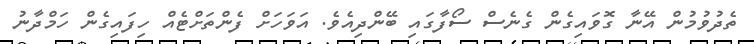
ތެދުވުމުން އޭނާ ގޮވައިގެން ގެނެސް ސޯފާގައި ބޭންދިއެވެ. އަވަހަށް ފެންތަށްޓެއް ހިފައިގެން ހަމްދާނު